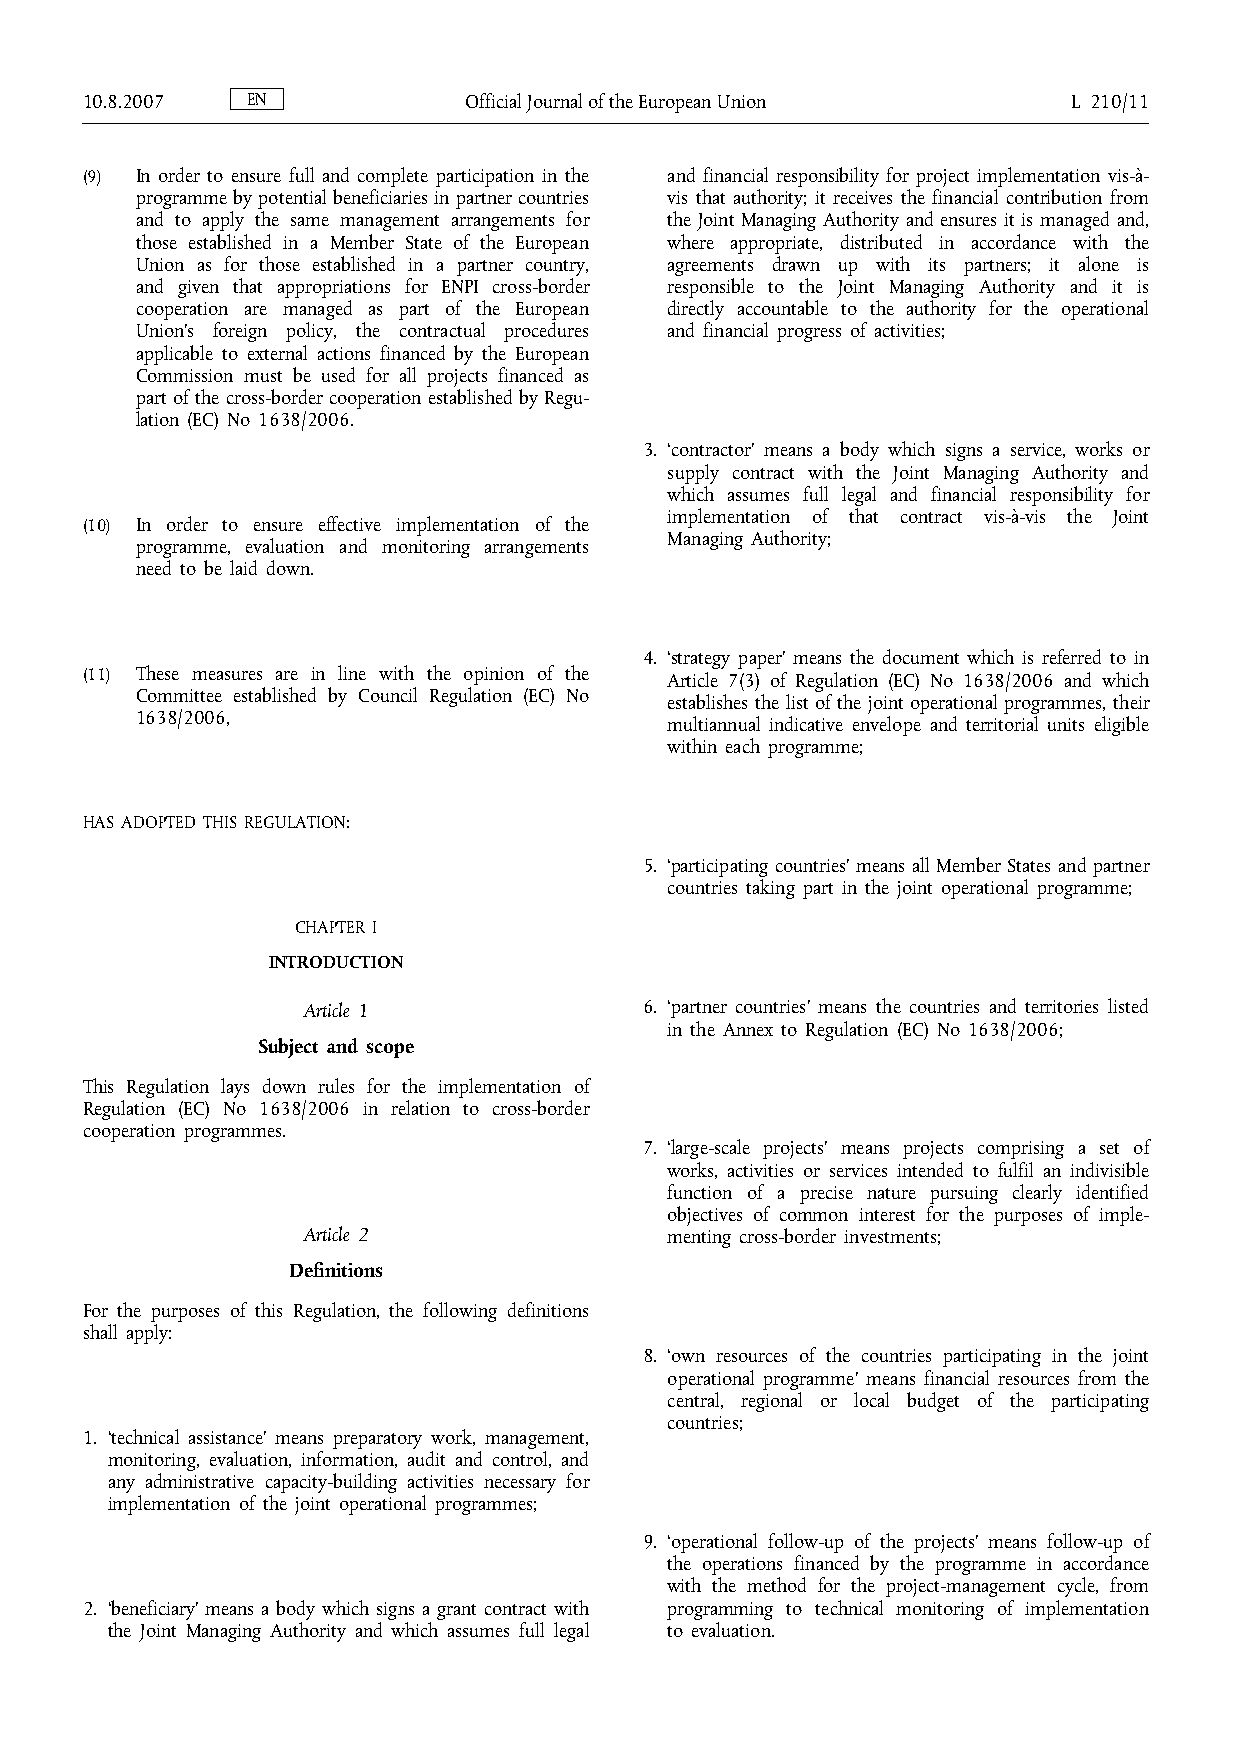
10.8.2007  EN             OfficialJournaloftheEuropeanUnion       L 210/11
 (9) In order to ensure full and complete participation in the and financial responsibility for project implementation vis-à-
 programme bypotential beneficiaries inpartner countries vis that authority; it receives the financial contribution from
 and to apply the same management arrangements for the Joint Managing Authority and ensures it is managed and,
 those established in a Member State of the European where appropriate, distributed in accordance with the
 Union as for those established in a partner country, agreements drawn up with its partners; it alone is
 and given that appropriations for ENPI cross-border responsible to the Joint Managing Authority and it is
 cooperation are managed as part of the European directly accountable to the authority for the operational
 Union's foreign policy, the contractual procedures and financial progress of activities;
 applicable to external actions financed by the European
 Commission must be used for all projects financed as
 part of the cross-border cooperation established by Regu-
 lation (EC) No 1638/2006.
 3. ‘contractor’ means a body which signs a service, works or
 supply contract with the Joint Managing Authority and
 which assumes full legal and financial responsibility for
 implementation of that contract vis-à-vis the Joint
 (10) In order to ensure effective implementation of the
 Managing Authority;
 programme, evaluation and monitoring arrangements
 need to be laid down.
 4. ‘strategy paper’ means the document which is referred to in
 (11) These measures are in line with the opinion of the Article 7(3) of Regulation (EC) No 1638/2006 and which
 Committee established by Council Regulation (EC) No
 establishes the list of the joint operational programmes, their
 1638/2006,
 multiannual indicative envelope and territorial units eligible
 within each programme;
 HAS ADOPTED THIS REGULATION:
 5. ‘participating countries’ means all Member States and partner
 countries taking part in the joint operational programme;
 CHAPTER I
 INTRODUCTION
 Article 1              6. ‘partner countries’ means the countries and territories listed
 in the Annex to Regulation (EC) No 1638/2006;
 Subject and scope
 This Regulation lays down rules for the implementation of
 Regulation (EC) No 1638/2006 in relation to cross-border
 cooperation programmes.
 7. ‘large-scale projects’ means projects comprising a set of
 works, activities or services intended to fulfil an indivisible
 function of a precise nature pursuing clearly identified
 objectives of common interest for the purposes of imple-
 Article 2
 menting cross-border investments;
 Definitions
 For the purposes of this Regulation, the following definitions
 shall apply:
 8. ‘own resources of the countries participating in the joint
 operational programme’ means financial resources from the
 central, regional or local budget of the participating
 countries;
 1. ‘technical assistance’ means preparatory work, management,
 monitoring, evaluation, information, audit and control, and
 any administrative capacity-building activities necessary for
 implementation of the joint operational programmes;
 9. ‘operational follow-up of the projects’ means follow-up of
 the operations financed by the programme in accordance
 with the method for the project-management cycle, from
 2. ‘beneficiary’ means a body which signs a grant contract with programming to technical monitoring of implementation
 the Joint Managing Authority and which assumes full legal to evaluation.